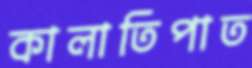
কালাতিপাত